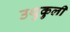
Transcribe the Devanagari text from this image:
उथुकुली